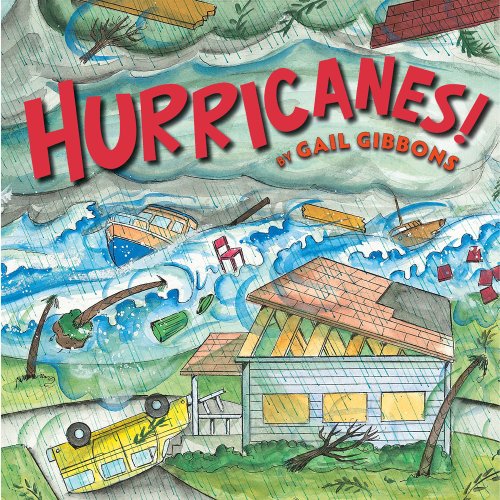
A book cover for Hurricanes!; Gail Gibbons; Science & Math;